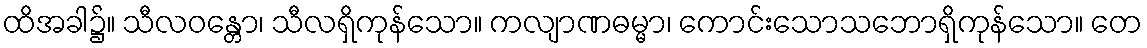
ထိအခါ၌။ သီလဝန္တော၊ သီလရှိကုန်သော။ ကလျာဏဓမ္မာ၊ ကောင်းသောသဘောရှိကုန်သော။ တေ